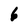
Character: 6